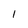
Character: 1